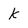
Character: k